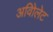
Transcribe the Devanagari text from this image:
अविोलेट